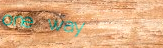
one way